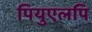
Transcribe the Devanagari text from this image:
पियुएलपि